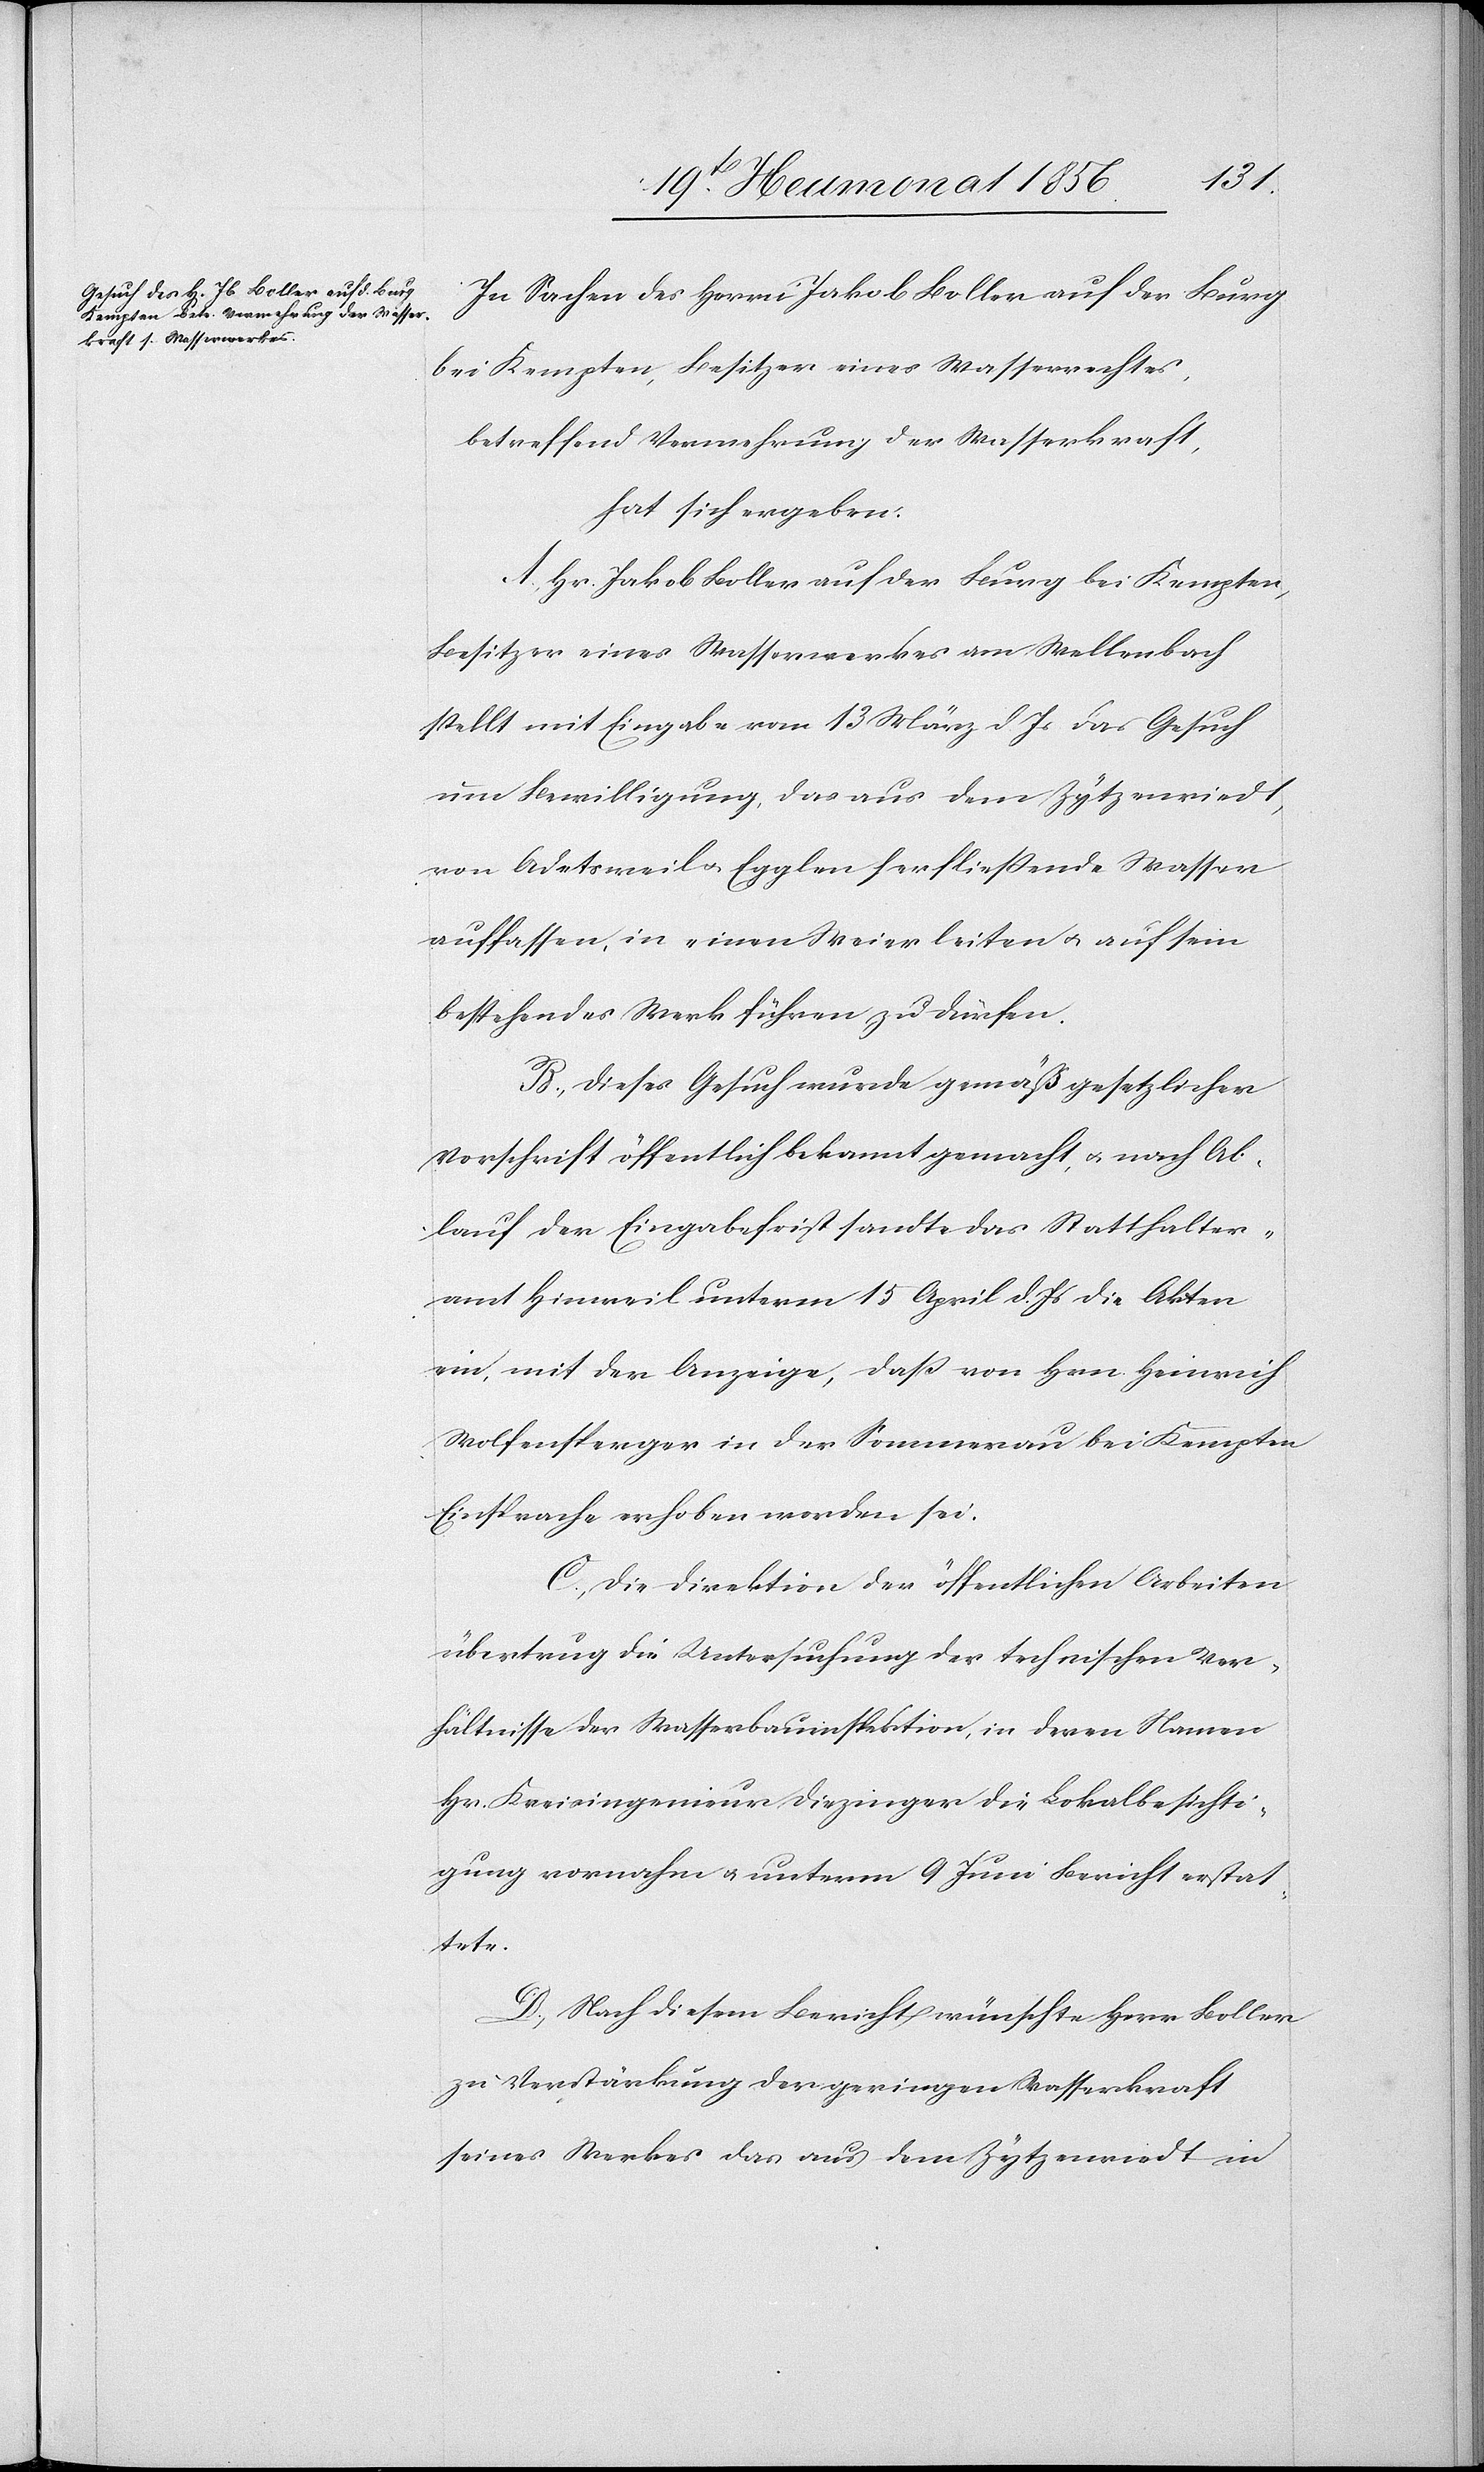
In Sachen des Herrn Jakob Boller auf der Burg
bei Kempten, Besitzer eines Wasserrechtes,
betreffend Vermehrung der Wasserkraft,
hat sich ergeben:
A.) Hr. Jakob Boller auf der Burg bei Kempten,
Besitzer eines Wasserwerkes am Wellenbach
stellt mit Eingabe vom 13 März d. Js das Gesuch
um Bewilligung, das aus dem Zytzenriedt,
von Adetsweil u. Egglen herfliessende Wasser
auffassen, in einen Meier leiten u. auf sein
bestehendes Werk führen zu dürfen.
B.) Dieses Gesuch wurde gemäß gesetzlicher
Vorschrift öffentlich bekannt gemacht, u. nach Ab¬
lauf der Eingabefrist sandte das Statthalter¬
amt Hinweil unterm 15 April d. Js die Akten
ein, mit der Anzeige, dass von Hrn. Heinrich
Wolfensperger in der Sommerau bei Kempten
Einsprache erhoben worden sei.
C.) Die Direktion der öffentlichen Arbeiten
übertrug die Untersuchung der technischen Ver¬
hältnisse der Wasserbauinspektion, in deren Namen
Hr. Kreisingenieur Diezinger die Lokalbesichti¬
gung vornahm u. unterm 9 Juni Bericht erstat¬
tete.
D.) Nach diesem Bericht wünschte Herr Boller
zu Verstärkung der geringen Wasserkraft
seines Werkes das aus dem Zytzenriedt in